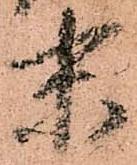
末